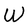
Character: W